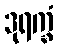
ဒုရက္ခံ